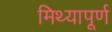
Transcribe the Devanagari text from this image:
मिथ्यापूर्ण